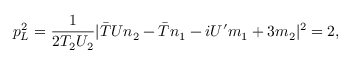
p _ { L } ^ { 2 } = \frac { 1 } { 2 T _ { 2 } U _ { 2 } } | { \bar { T } } U n _ { 2 } - { \bar { T } } n _ { 1 } - i U ^ { \prime } m _ { 1 } + 3 m _ { 2 } | ^ { 2 } = 2 ,